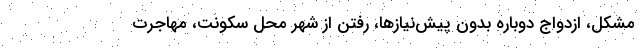
مشکل، ازدواج دوباره بدون پیش‌نیازها، رفتن از شهر محل سکونت، مهاجرت